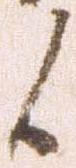
候